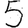
Digit: 5